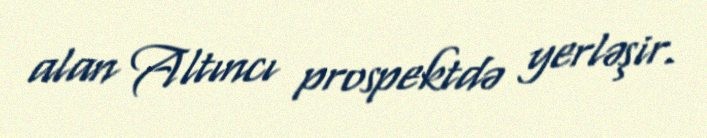
alan Altıncı prospektdə yerləşir.